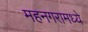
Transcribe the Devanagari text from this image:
महनगरामध्ये